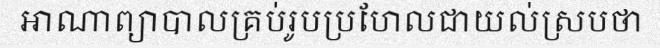
អាណាព្យាបាលគ្រប់រូបប្រហែលជាយល់ស្របថា